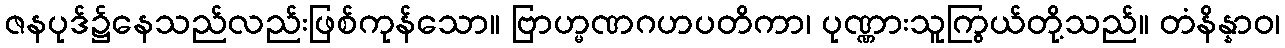
ဇနပုဒ်၌နေသည်လည်းဖြစ်ကုန်သော။ ဗြာဟ္မဏဂဟပတိကာ၊ ပုဏ္ဏားသူကြွယ်တို့သည်။ တံနိန္နာဝ၊